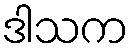
ဒါသက